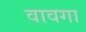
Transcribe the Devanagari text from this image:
वावगा